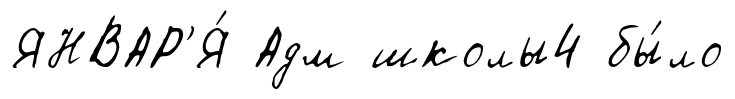
ЯНВАР'Я́ Адм школы4 бы́ло